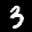
Label: 3